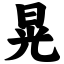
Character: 晃